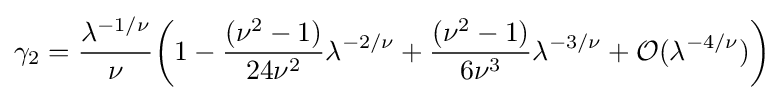
\gamma _{2}={\frac {\lambda ^{-1/\nu }}{\nu }}{\bigg (}1-{\frac {(\nu ^{2}-1)}{24\nu ^{2}}}\lambda ^{-2/\nu }+{\frac {(\nu ^{2}-1)}{6\nu ^{3}}}\lambda ^{-3/\nu }+{\mathcal {O}}(\lambda ^{-4/\nu }){\bigg )}